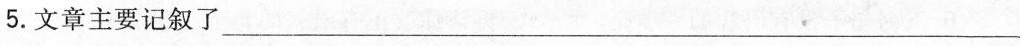
5.文章主要记叙了___